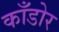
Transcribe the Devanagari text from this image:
काँडोर